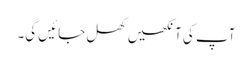
آپ کی آنکھیں کھل جائیں گی۔